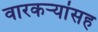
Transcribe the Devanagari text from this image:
वारकऱ्यांसह